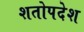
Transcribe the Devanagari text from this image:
शतोपदेश